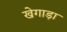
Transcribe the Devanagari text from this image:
खेगाड़ा